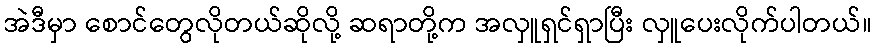
အဲဒီမှာ စောင်တွေလိုတယ်ဆိုလို့ ဆရာတို့က အလှူရှင်ရှာပြီး လှူပေးလိုက်ပါတယ်။